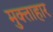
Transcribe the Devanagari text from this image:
मुक्ताहार